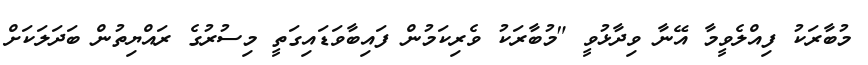
މުބާރަކު ފިއްލެވީމާ އޭނާ ވިދާޅުވީ "މުބާރަކު ވެރިކަމުން ފައިބާވަޑައިގަތީ މިސުރުގެ ރައްޔިތުން ބަދަލަކަށް